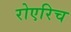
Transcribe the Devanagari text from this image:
रोएरिच